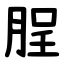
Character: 脭